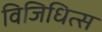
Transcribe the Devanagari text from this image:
विजिधित्स